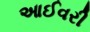
આઈવરી